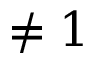
\neq 1